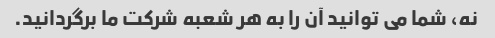
نه، شما می توانید آن را به هر شعبه شرکت ما برگردانید.